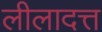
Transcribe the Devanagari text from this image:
लीलादत्त